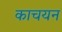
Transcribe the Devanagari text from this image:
काचयन